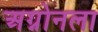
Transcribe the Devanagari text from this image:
अग्नोनला